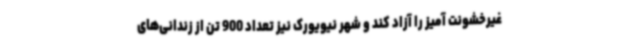
غیرخشونت آمیز را آزاد کند و شهر نیویورک نیز تعداد 900 تن از زندانی‌های